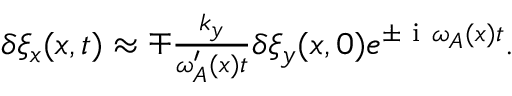
\begin{array} { r } { \delta \xi _ { x } ( x , t ) \approx \mp \frac { k _ { y } } { \omega _ { A } ^ { \prime } ( x ) t } \delta \xi _ { y } ( x , 0 ) e ^ { \pm \mathrm { ~ i ~ } \omega _ { A } ( x ) t } . } \end{array}